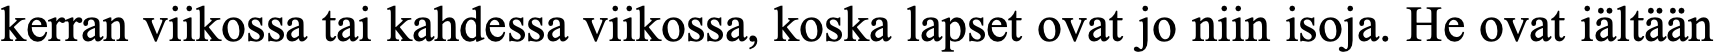
kerran viikossa tai kahdessa viikossa, koska lapset ovat jo niin isoja. He ovat iältään